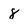
Character: 8